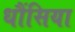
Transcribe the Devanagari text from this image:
धौंसिया